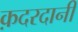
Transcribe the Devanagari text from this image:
क़दरदानी